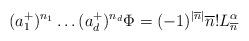
LaTeX: \begin{align*}(a_1^+)^{n_1}\dots(a_d^+)^{n_d}\Phi=(-1)^{|\overline{n}|}\overline{n}!L^\alpha_{\overline{n}}\end{align*}